Indian journal of veterinary science and animal husbandry - Volume 11,
Year: 1941
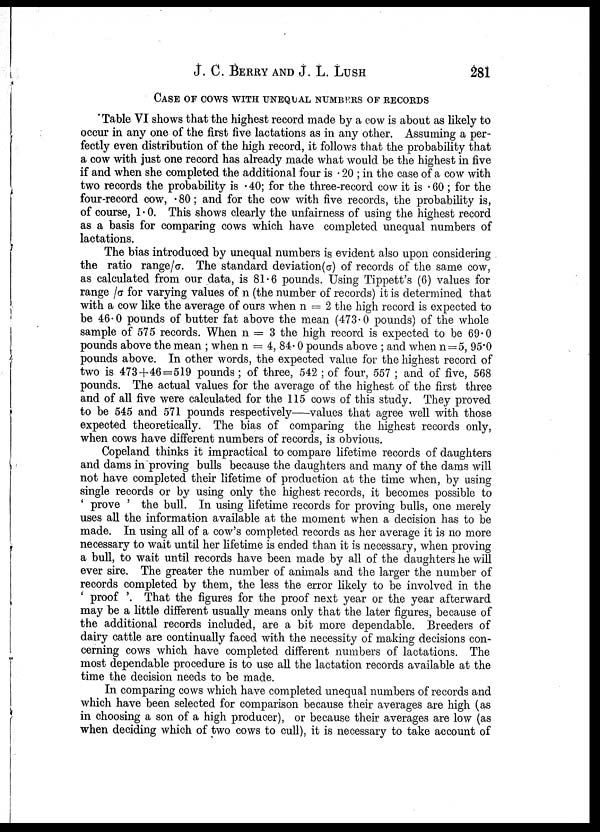
J. C. BERRY AND J. L. LUSH 281
CASE OF COWS WITH UNEQUAL NUMBERS OF RECORDS
Table VI shows that the highest record made by a cow is about as likely to
occur in any one of the first five lactations as in any other. Assuming a per
fectly even distribution of the high record, it follows that the probability that
a cow with just one record has already made what would be the highest in five
if and when she completed the additional four is .20 ; in the case of a cow with
two records the probability is .40; for the three-record cow it is .60 ; for the
four-record cow, .80; and for the cow with five records, the probability is,
of course, 1.0. This shows clearly the unfairness of using the highest record
as a basis for comparing cows which have completed unequal numbers of
lactations.
The bias introduced by unequal numbers is evident also upon considering
the ratio range/σ. The standard deviation(σ) of records of the same cow,
as calculated from our data, is 81.6 pounds. Using Tippett's (6) values for
range /σ for varying values of n (the number of records) it is determined that
with a cow like the average of ours when n = 2 the high record is expected to
be 4.6.0 pounds of butter fat above the mean (473.0 pounds) of the whole
sample of 575 records. When n = 3 the high record is expected to be 69.0
pounds above the mean ; when n = 4, 84.0 pounds above ; and when n = 5, 95.0
pounds above. In other words, the expected value for the highest record of
two is 473+46=519 pounds ; of three, 542 ; of four, 557 ; and of five, 568
pounds. The actual values for the average of the highest of the first three
and of all five were calculated for the 115 cows of this study. They proved
to be 545 and 571 pounds respectively—values that agree well with those
expected theoretically. The bias of comparing the highest records only,
when cows have different numbers of records, is obvious.
Copeland thinks it impractical to compare lifetime records of daughters
and dams in proving bulls because the daughters and many of the dams will
not have completed their lifetime of production at the time when, by using
single records or by using only the highest records, it becomes possible to
' prove ' the bull. In using lifetime records for proving bulls, one merely
uses all the information available at the moment when a decision has to be
made. In using all of a cow's completed records as her average it is no more
necessary to wait until her lifetime is ended than it is necessary, when proving
a bull, to wait until records have been made by all of the daughters he will
ever sire. The greater the number of animals and the larger the number of
records completed by them, the less the error likely to be involved in the
' proof '. That the figures for the proof next year or the year afterward
may be a little different usually means only that the later figures, because of
the additional records included, are a bit more dependable. Breeders of
dairy cattle are continually faced with the necessity of making decisions con
cerning cows which have completed different numbers of lactations. The
most dependable procedure is to use all the lactation records available at the
time the decision needs to be made.
In comparing cows which have completed unequal numbers of records and
which have been selected for comparison because their averages are high (as
in choosing a son of a high producer), or because their averages are low (as
when deciding which of two cows to cull), it is necessary to take account of